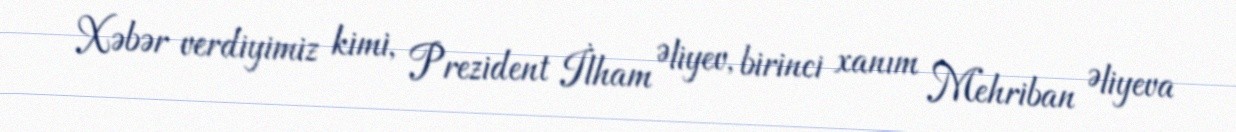
Xəbər verdiyimiz kimi, Prezident İlham Əliyev, birinci xanım Mehriban Əliyeva